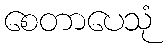
စေတာပေသုံ